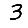
Digit: 3